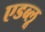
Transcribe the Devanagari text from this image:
एडब्लू